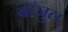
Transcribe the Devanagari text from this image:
बाजुत